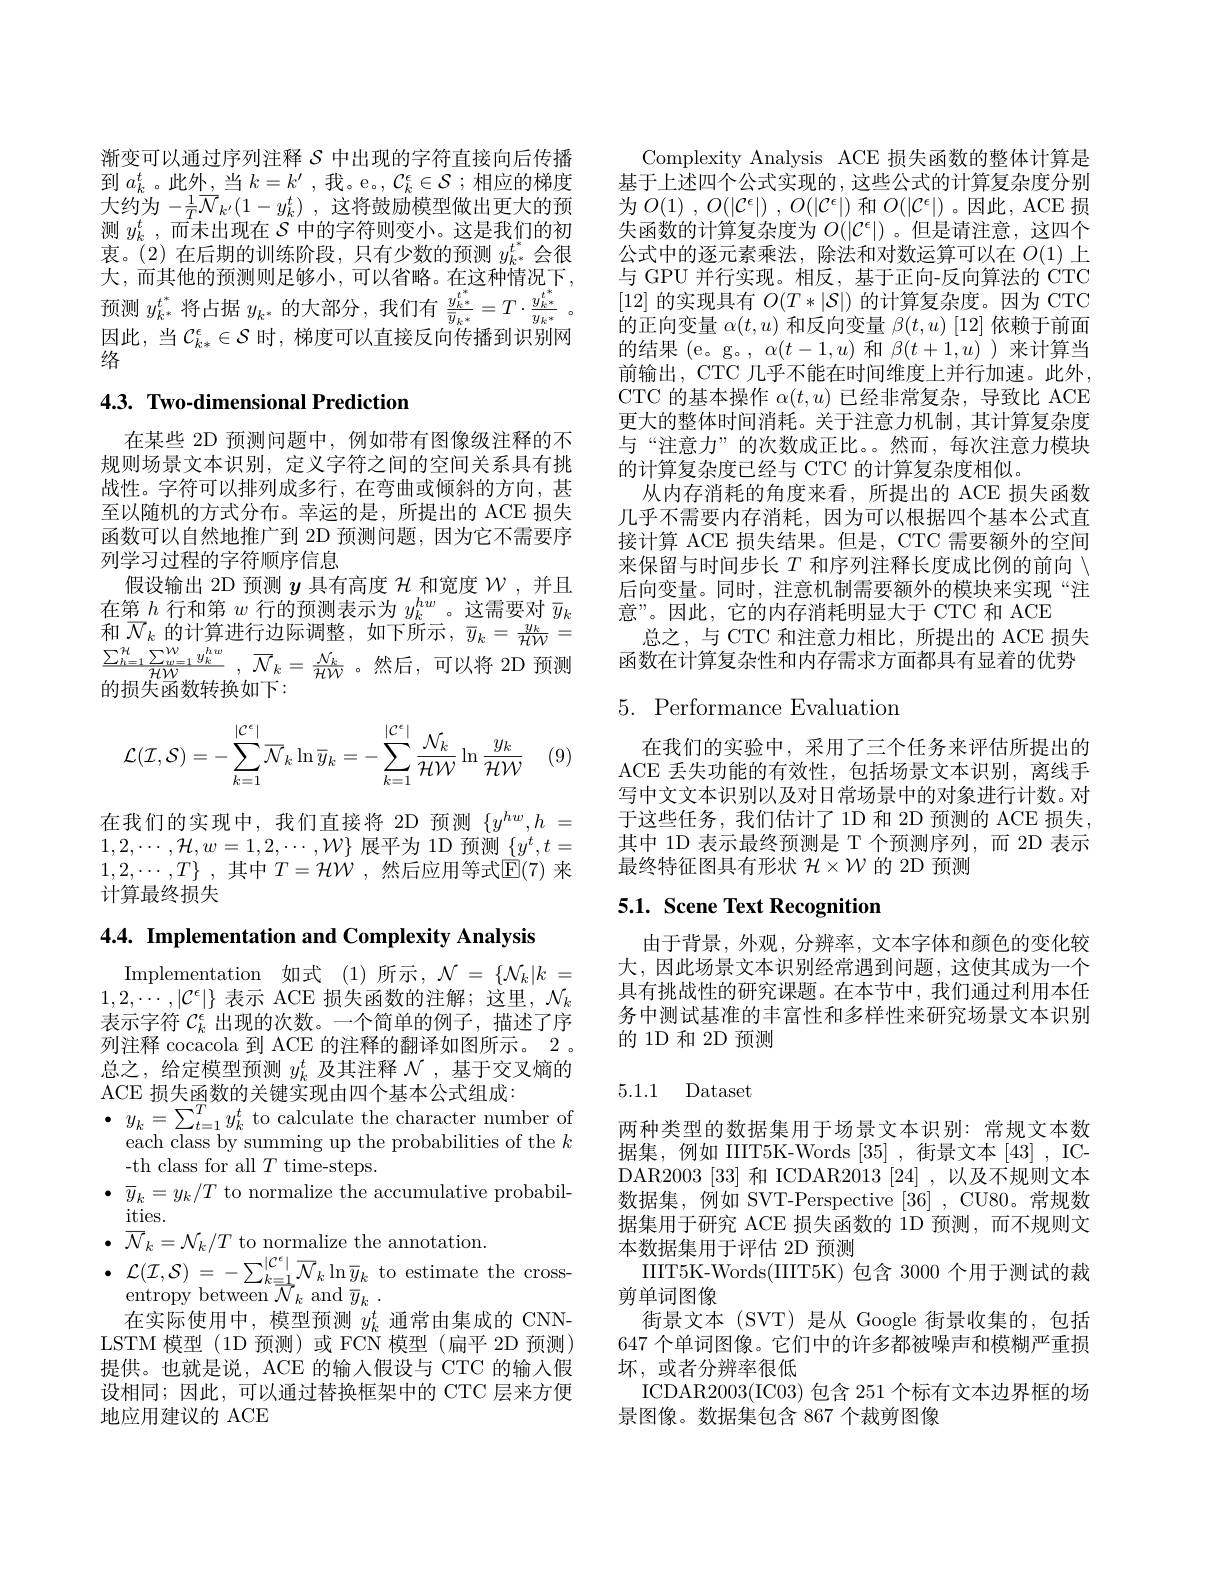
渐变可以通过序列注释$\mathcal{S}$中出现的字符直接向后传播到$a_k^t$。此外，当$k=k^\prime$,我。e。$,\mathcal{C}_k^\epsilon\in\mathcal{S};$相应的梯度大约为$- \frac 1T\overline {\mathcal{N} }_{k^{\prime }}( 1- y_{k}^{t})$ ,这将鼓励模型做出更大的预测$y_k^t$ ,而未出现在$S$中的字符则变小。这是我们的初衷。(2)在后期的训练阶段，只有少数的预测$y_{k^*}^{t^*}$会很大，而其他的预测则足够小，可以省略。在这种情况下， 预测$y_{k^*}^{t^*}$将占据$y_{k^*}$的大部分，我们有$\frac{y_{k^*}^{t^*}}{\bar{y}_{k^*}}=T\cdot\frac{y_{k^*}^{t^*}}{y_{k^*}}$ 因此，当$C_k*^\epsilon\in\mathcal{S}$时，梯度可以直接反向传播到识别网络

### $4. 3. \textbf{Two- dimensional Prediction}$

在某些 2D 预测问题中，例如带有图像级注释的不规则场景文本识别，定义字符之间的空间关系具有挑战性。字符可以排列成多行，在弯曲或倾斜的方向，甚至以随机的方式分布。幸运的是，所提出的 ACE 损失函数可以自然地推广到 2D 预测问题，因为它不需要序列学习过程的字符顺序信息
假设输出 2D 预测$y$具有高度$\mathcal{H}$和宽度$\mathcal{W}$,并且在第$h$行和第$w$行的预测表示为$y_k^hw$ 。这需要对$\bar{y}_k$ 的损失函数转换如下：
$$\mathcal{L}(\mathcal{I},\mathcal{S})=-\sum\limits_{k=1}^{|\mathcal{C}^{\epsilon}|}\overline{\mathcal{N}}_{k}\ln\bar{y}_{k}=-\sum\limits_{k=1}^{|\mathcal{C}^{\epsilon}|}\frac{\mathcal{N}_{k}}{\mathcal{HW}}\ln\frac{y_{k}}{\mathcal{HW}}$$
(9)

在我们的实现中，我们直接将 2D 预测$\{y^hw,h~=$ $1,2,\cdots,\mathcal{H},w=1,2,\cdots,\mathcal{W}\}$展平为 1D 预测$\{y^t,t=$ $1, 2, \cdots , T\}$ ,其中$T= \mathcal{H} \mathcal{W}$ ,然后应用等式$\mathbb{E}(7)$来计算最终损失

$4. 4. \textbf{ Implementation and Complexity Analysis}$

Implementation 如式(1)所示，$\mathcal{N} = \{ \mathcal{N} _k| k$ = $1,2,\cdots,|\mathcal{C}^\epsilon|\}$表示 ACE 损失函数的注解；这里，$\mathcal{N}_k$ 表示字符$\mathcal{C}_k^\epsilon$出现的次数。一个简单的例子，描述了序列注释 cocacola 到 ACE 的注释的翻译如图所示。2 。总之，给定模型预测$y_k^t$及其注释$\mathcal{N}$ ,基于交叉熵的ACE 损失函数的关键实现由四个基本公式组成：
$\bullet$ $y_{k}= \sum _{t= 1}^{T}y_{k}^{t}$ to calculate the character number of
each class by summing up the probabilities of the $k$
-th class for all $T$ time-steps.
$\bullet$ $\overline {y}_k= y_k/ T$ to normalize the accumulative probabil-
ities.
$\bullet$ $\overline {\mathcal{N} }_{k}= \mathcal{N} _{k}/ T$ to normalize the annotation.
$\begin{array}{ll}{{\mathcal{L}(\mathcal{I},\mathcal{S})~=-\sum_{k=1}^{|\mathcal{C}^{\epsilon}|}\overline{\mathcal{N}}_{k}\ln\overline{y}_{k}~\mathrm{to~estimate~the~cross}}\\{{\mathrm{entropy~between~}\overline{\mathcal{N}}_{k}~\mathrm{and~}\overline{y}_{k}~.}\end{array}}\\\\&{{\mathrm{entropy~between~}\overline{\mathcal{N}}_{k}~\mathrm{and~}\overline{y}_{k}~.}}\\&{{\mathrm{entropy~between~}\overline{\mathcal{N}}_{k}~\mathrm{and~}\overline{y}_{k}~.}}\\&{{\mathrm{e$ 在实际使用中，模型预测$y_k^t$通常由集成的 CNN-
LSTM 模型(1D 预测)或 FCN 模型(扁平 2D 预测) 提供。也就是说，ACE 的输入假设与 CTC 的输入假设相同；因此，可以通过替换框架中的 CTC 层来方便地应用建议的 ACE

Complexity Analysis ACE 损失函数的整体计算是基于上述四个公式实现的，这些公式的计算复杂度分别为$O( 1)$ , $O( | \mathcal{C} ^{\epsilon }| )$ , $O( | \mathcal{C} ^{\epsilon }| )$ 和 $O(|\mathcal{C}^{\epsilon}|)$。因此，ACE 损失函数的计算复杂度为$O(|\mathcal{C}^\epsilon|)$ 。但是请注意，这四个公式中的逐元素乘法，除法和对数运算可以在$O(1)$上与 GPU 并行实现。相反，基于正向-反向算法的 CTC [12]的实现具有$O(T*|\mathcal{S}|)$的计算复杂度。因为 CTC 的正向变量$\alpha(t,u)$和反向变量$\beta(t,u)$ [12] 依赖于前面的结果(e。g。, $\alpha(t-1,u)$和$\beta(t+1,u)$ )来计算当前输出，CTC 几乎不能在时间维度上并行加速。此外， CTC 的基本操作$\alpha(t,u)$已经非常复杂，导致比 ACE 更大的整体时间消耗。关于注意力机制，其计算复杂度与“注意力”的次数成正比。。然而，每次注意力模块的计算复杂度已经与 CTC 的计算复杂度相似。
从内存消耗的角度来看，所提出的 ACE 损失函数几乎不需要内存消耗，因为可以根据四个基本公式直接计算 ACE 损失结果。但是，CTC 需要额外的空间来保留与时间步长$T$和序列注释长度成比例的前向$\setminus$ 后向变量。同时，注意机制需要额外的模块来实现“注意”。因此，它的内存消耗明显大于 CTC 和 ACE
和 $\overline {N}_{k}$ 的 计 算 进 行 边 际 调 整 , 如 下 所 示 , $\overline {y}_{k}= \frac {y_{k}}{7tW}=$总 之 , 与 CTC 和 注 意 力 相 比 , 所 提 出 的 ACE 损 失 $\frac {\sum _{h= 1}^{n}\sum _{w= 1}^{\infty }y_{k}^{hw}}{7tN}, \overline {N}_{k}= \frac {N_{k}}{7tW}$。然 后 , 可 以 将 2D 预 测 函 数 在 计 算 复 杂 性 和 内 存 需 求 方 面 都 具 有 显 着 的 优 势 的 损 生 函 数 转 换 加 下 :

# 5. Performance Evaluation

在我们的实验中，采用了三个任务来评估所提出的ACE 丢失功能的有效性，包括场景文本识别，离线手写中文文本识别以及对日常场景中的对象进行计数。对于这些任务，我们估计了1D 和 2D 预测的 ACE 损失， 其中 1D 表示最终预测是 T 个预测序列，而 2D 表示最终特征图具有形状$\mathcal{H}\times\mathcal{W}$的 2D 预测

## 5.1. Scene Text Recognition

由于背景，外观，分辨率，文本字体和颜色的变化较大，因此场景文本识别经常遇到问题，这使其成为一个具有挑战性的研究课题。在本节中，我们通过利用本任务中测试基准的丰富性和多样性来研究场景文本识别的 1D 和 2D 预测

## 5.1.1 Dataset

两种类型的数据集用于场景文本识别：常规文本数据集，例如 IIIT5K-Words [35] ,街景文本 [43] , ICDAR2003 [33] 和 ICDAR2013 [24] , 以及不规则文本数据集，例如 SVT-Perspective[36] , CU80。常规数据集用于研究 ACE 损失函数的 1D 预测，而不规则文本数据集用于评估 2D 预测
IIIT5K-Words(IIIT5K)包含 3000 个用于测试的裁
剪单词图像
街景文本 (SVT) 是从 Google 街景收集的，包括647 个单词图像。它们中的许多都被噪声和模糊严重损坏，或者分辨率很低
ICDAR2003(IC03) 包含 251 个标有文本边界框的场
景图像。数据集包含 867 个裁剪图像